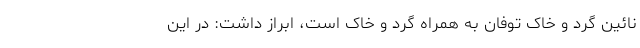
نائین گرد و خاک توفان به همراه گرد و خاک است، ابراز داشت: در این